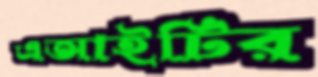
এআইটির